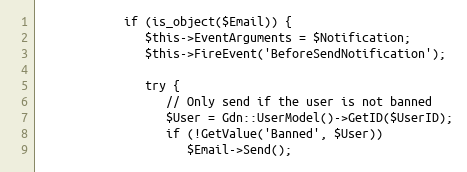
Language: PHP
            if (is_object($Email)) {
               $this->EventArguments = $Notification;
               $this->FireEvent('BeforeSendNotification');

               try {
                  // Only send if the user is not banned
                  $User = Gdn::UserModel()->GetID($UserID);
                  if (!GetValue('Banned', $User))
                     $Email->Send();